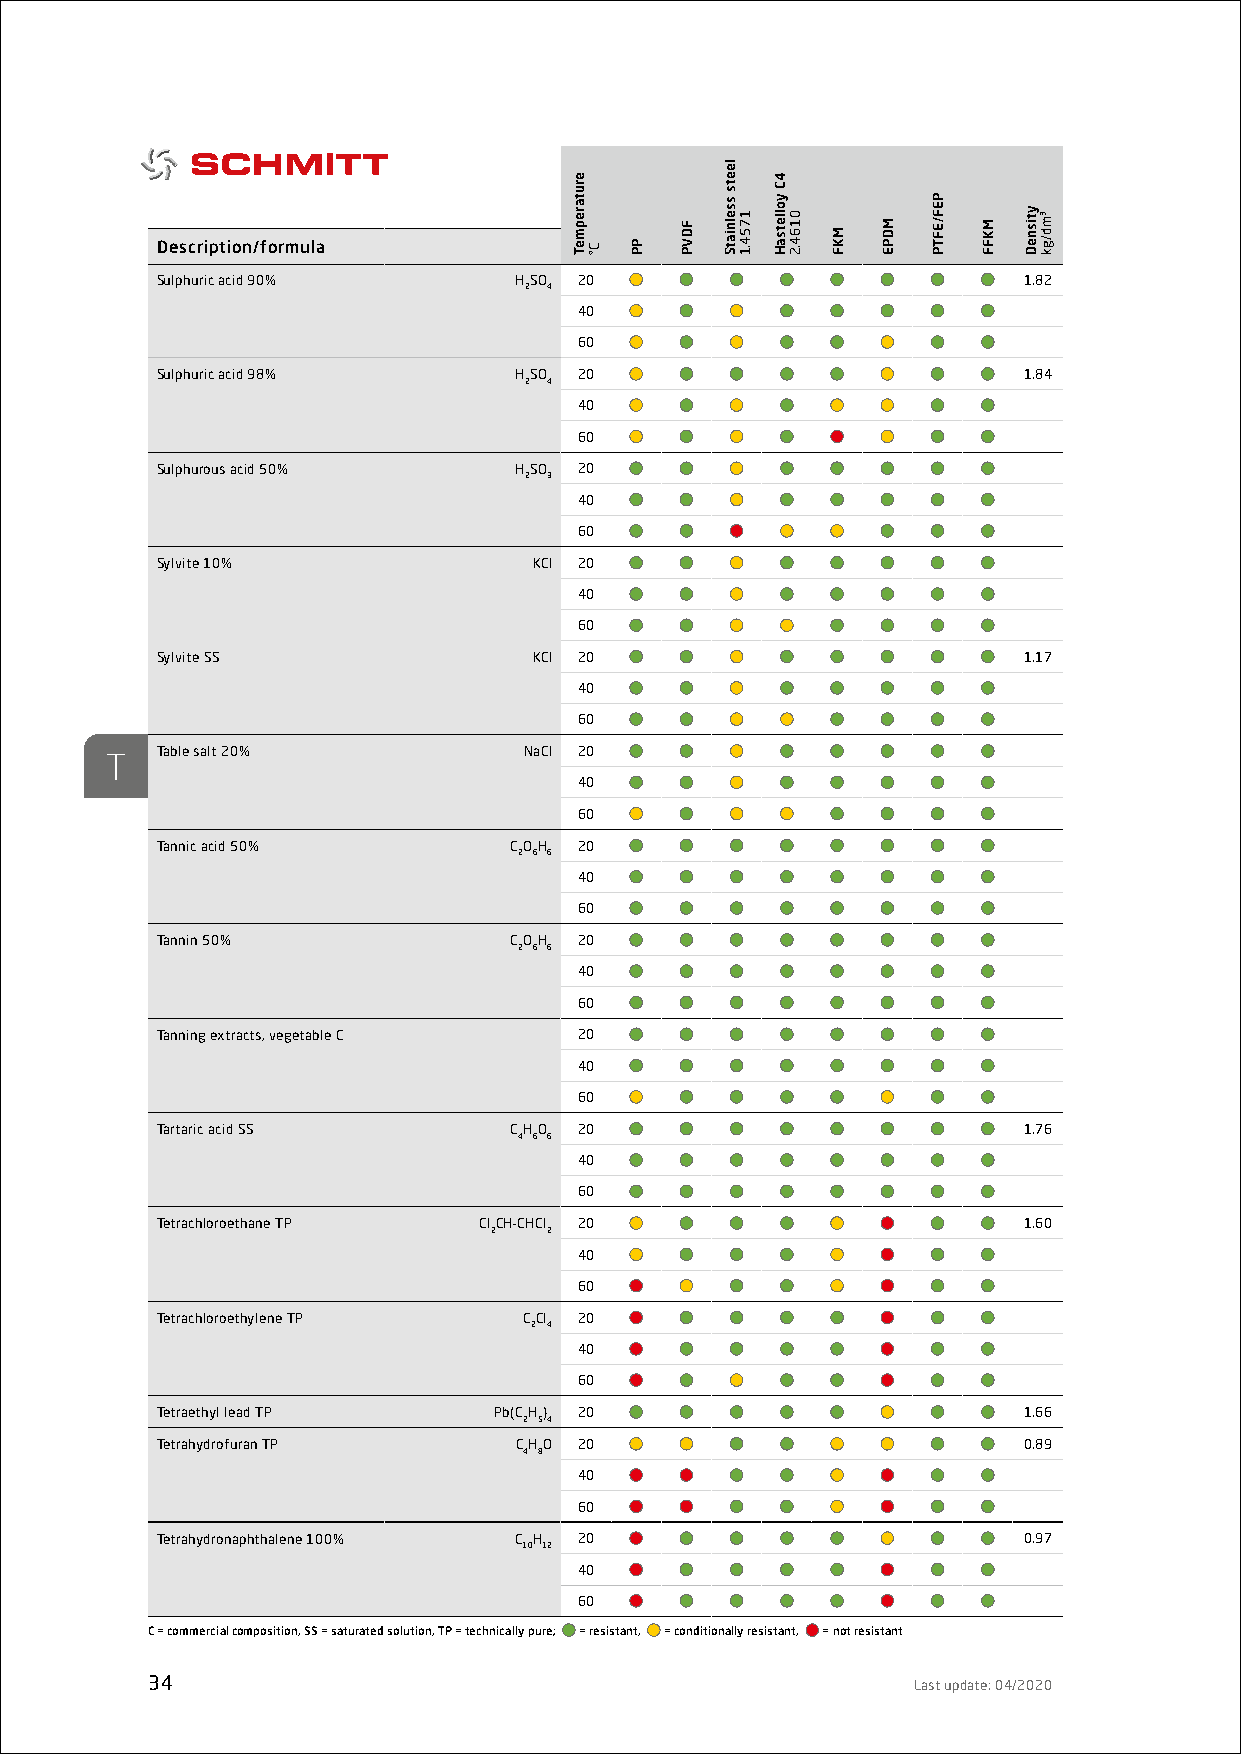
Description/formula
 Sulphuric acid 90%      HSO 20                            1.82
 2 4
 40
 60
 Sulphuric acid 98%      HSO 20                            1.84
 2 4
 40
 60
 Sulphurous acid 50%     HSO 20
 2 3
 40
 60
 Sylvite 10%              KCl 20
 40
 60
 Sylvite SS               KCl 20                           1.17
 40
 60
 Table salt 20%           NaCl 20
 T
 40
 60
 Tannic acid 50%         COH 20
 2 6 6
 40
 60
 Tannin 50%              COH 20
 2 6 6
 40
 60
 Tanning extracts, vegetable C 20
 40
 60
 Tartaric acid SS        CHO 20                            1.76
 4 6 6
 40
 60
 Tetrachloroethane TP  ClCH-CHCl 20                        1.60
 2   2
 40
 60
 Tetrachloroethylene TP   CCl 20
 2 4
 40
 60
 Tetraethyl lead TP     Pb(CH) 20                          1.66
 2 54
 Tetrahydrofuran TP      CHO 20                            0.89
 4 8
 40
 60
 Tetrahydronaphthalene 100% C H 20                         0.97
 10 12
 40
 60
 C = commercial composition, SS = saturated solution, TP = technically pure; = resistant, = conditionally resistant, = not resistant
 34                                                Last update: 04/2020
 erutarepmeT
 C° PP
 FDVP
 leets
 sselniatS
 1754.1
 4C
 yolletsaH
 0164.2
 MKF
 MDPE
 PEF/EFTP
 MKFF
 ytisneD ³md/gk